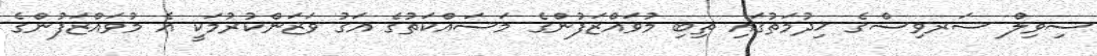
ސިވިލް ސަރވިސްގެ ޚިދުމަތުގައި ތިބި މުވައްޒަފުންގެ މަސައްކަތުގެ އަގު ވަޒަންކުރުމަކީ އެ މުވައްޒަފުންގެ